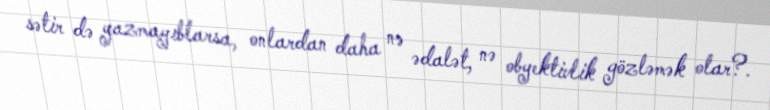
sətir də yazmayıblarsa, onlardan daha nə ədalət, nə obyektivlik gözləmək olar?.